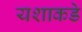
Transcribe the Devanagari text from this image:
यशाकडे